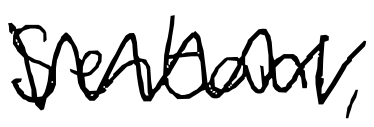
Text: Sentani,
Cross-out: zig-zag
Writing tool: digital_black